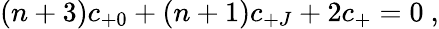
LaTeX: (n+3)c_{+0}+(n+1)c_{+J}+2c_{+}=0\ ,